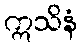
ဣသိနံ